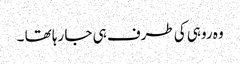
وہ روہی کی طرف ہی جا رہا تھا ۔